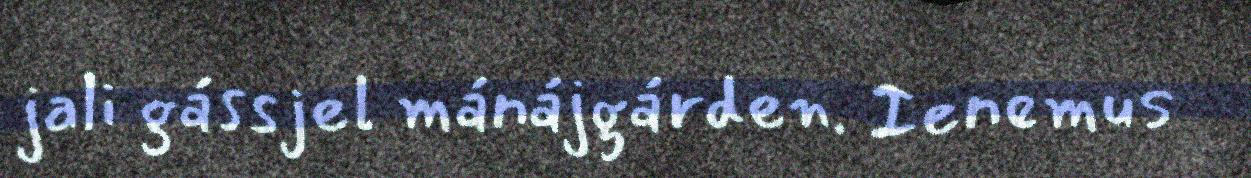
jali gássjel mánájgárden. Ienemus